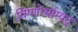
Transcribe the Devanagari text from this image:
विष्णोर्भ्राम्यद्